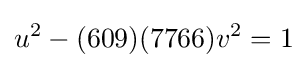
u^{2}-(609)(7766)v^{2}=1